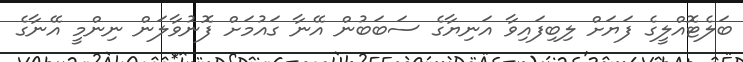
ބަލެޓޮއްލީގެ ފަޔަށް ލިބިފައިވާ އަނިޔާގެ ސަބަބުން އޭނާ ގައުމަށް ފޮނުވާލަން ނިންމީ އޭނާގެ